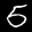
Label: 5